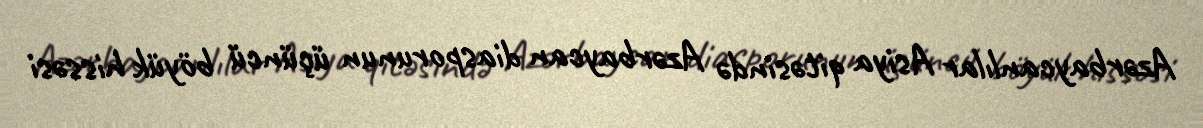
Azərbaycanlılar Asiya qitəsində Azərbaycan diasporunun üçüncü böyük hissəsi